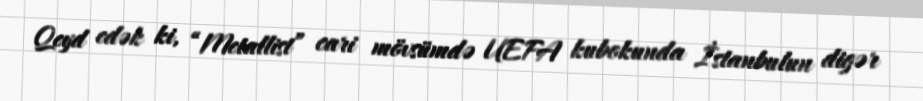
Qeyd edək ki, “Metallist” cari mövsümdə UEFA kubokunda İstanbulun digər